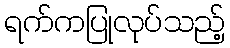
ရက်ကပြုလုပ်သည့်